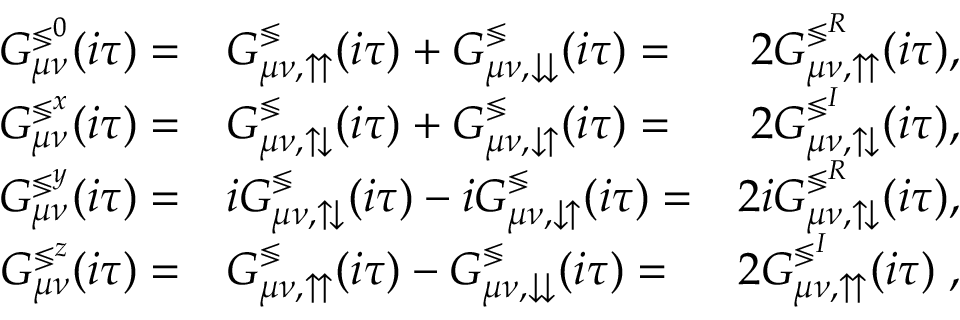
\begin{array} { r l r } { G _ { \mu \nu } ^ { \lessgtr ^ { 0 } } ( i \tau ) = } & { G _ { \mu \nu , \upuparrows } ^ { \lessgtr } ( i \tau ) + G _ { \mu \nu , \downdownarrows } ^ { \lessgtr } ( i \tau ) = } & { 2 G _ { \mu \nu , \upuparrows } ^ { \lessgtr ^ { R } } ( i \tau ) , } \\ { G _ { \mu \nu } ^ { \lessgtr ^ { x } } ( i \tau ) = } & { G _ { \mu \nu , \updownarrows } ^ { \lessgtr } ( i \tau ) + G _ { \mu \nu , \downuparrows } ^ { \lessgtr } ( i \tau ) = } & { 2 G _ { \mu \nu , \updownarrows } ^ { \lessgtr ^ { I } } ( i \tau ) , } \\ { G _ { \mu \nu } ^ { \lessgtr ^ { y } } ( i \tau ) = } & { i G _ { \mu \nu , \updownarrows } ^ { \lessgtr } ( i \tau ) - i G _ { \mu \nu , \downuparrows } ^ { \lessgtr } ( i \tau ) = } & { 2 i G _ { \mu \nu , \updownarrows } ^ { \lessgtr ^ { R } } ( i \tau ) , } \\ { G _ { \mu \nu } ^ { \lessgtr ^ { z } } ( i \tau ) = } & { G _ { \mu \nu , \upuparrows } ^ { \lessgtr } ( i \tau ) - G _ { \mu \nu , \downdownarrows } ^ { \lessgtr } ( i \tau ) = } & { 2 G _ { \mu \nu , \upuparrows } ^ { \lessgtr ^ { I } } ( i \tau ) \; , } \end{array}